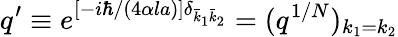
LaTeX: q^{\prime}\equiv e^{[-i\hbar/(4\alpha la)]\delta_{\bar{k}_{1}\bar{k}_{2}}}=(q^{1/N})_{k_{1}=k_{2}}